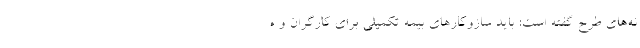
نه‌های طرح گفته است: باید سازوکارهای بیمه تکمیلی برای کارگران و ه